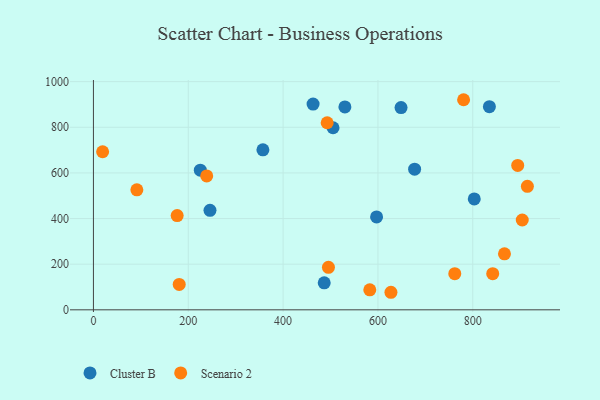
{"axis": {"x": "Study Hours", "y": "Yield"}, "legend": ["Cluster B", "Scenario 2"], "data": [{"x": "677.3", "y": 616.5, "type": "Cluster B"}, {"x": "463.2", "y": 901.8, "type": "Cluster B"}, {"x": "245.8", "y": 436.2, "type": "Cluster B"}, {"x": "505.3", "y": 797.9, "type": "Cluster B"}, {"x": "597.1", "y": 407.3, "type": "Cluster B"}, {"x": "530.3", "y": 889.0, "type": "Cluster B"}, {"x": "357.4", "y": 701.0, "type": "Cluster B"}, {"x": "225.4", "y": 612.0, "type": "Cluster B"}, {"x": "648.7", "y": 886.3, "type": "Cluster B"}, {"x": "835.0", "y": 890.4, "type": "Cluster B"}, {"x": "486.7", "y": 118.5, "type": "Cluster B"}, {"x": "803.1", "y": 486.0, "type": "Cluster B"}, {"x": "780.6", "y": 920.7, "type": "Scenario 2"}, {"x": "91.6", "y": 525.7, "type": "Scenario 2"}, {"x": "866.8", "y": 245.6, "type": "Scenario 2"}, {"x": "762.0", "y": 158.5, "type": "Scenario 2"}, {"x": "492.9", "y": 819.8, "type": "Scenario 2"}, {"x": "495.6", "y": 186.1, "type": "Scenario 2"}, {"x": "904.3", "y": 393.7, "type": "Scenario 2"}, {"x": "582.8", "y": 87.6, "type": "Scenario 2"}, {"x": "238.9", "y": 586.7, "type": "Scenario 2"}, {"x": "19.4", "y": 692.7, "type": "Scenario 2"}, {"x": "842.0", "y": 158.5, "type": "Scenario 2"}, {"x": "894.7", "y": 632.8, "type": "Scenario 2"}, {"x": "180.9", "y": 111.5, "type": "Scenario 2"}, {"x": "176.6", "y": 413.1, "type": "Scenario 2"}, {"x": "627.4", "y": 76.9, "type": "Scenario 2"}, {"x": "915.1", "y": 541.4, "type": "Scenario 2"}]}